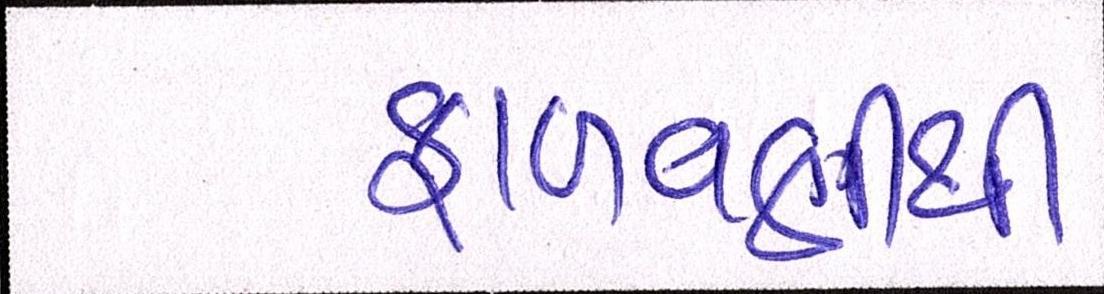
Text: ફાળવણીથી